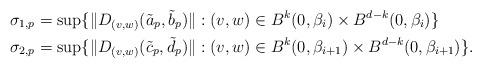
LaTeX: \begin{align*}\sigma_{1,p}&= \sup \{\Vert D_{(v,w)}(\tilde{a}_{p},\tilde{b}_{p})\Vert: (v,w)\in B^{k}(0,\beta_{i} )\times B^{d-k}(0,\beta_{i})\}\\ \sigma_{2,p}&= \sup \{\Vert D_{(v,w)}(\tilde{c}_{p},\tilde{d}_{p})\Vert: (v,w)\in B^{k}(0,\beta_{i+1} )\times B^{d-k}(0,\beta_{i+1})\}. \end{align*}